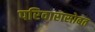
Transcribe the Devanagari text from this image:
परिवारासोबत